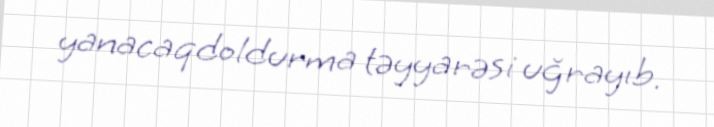
yanacaqdoldurma təyyarəsi uğrayıb.